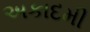
અકાદમી